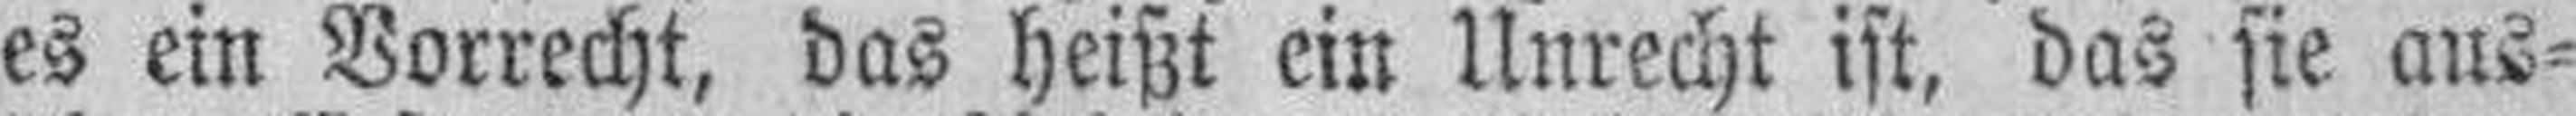
es ein Vorrecht, das heißt ein Unrecht ist, das sie aus¬